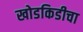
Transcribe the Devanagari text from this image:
खोडकिडीचा